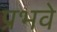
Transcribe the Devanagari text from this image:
प्रभवे